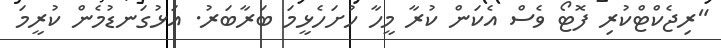
"ރިޖެކްޓްކުރި ފޮޓޯ ވެސް އެކަން ކުރާ މީހާ ހުށަހެޅީމަ ބަރާބަރު. އަޅުގަނޑުމެން ކުރީމަ